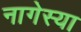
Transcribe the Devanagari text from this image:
नागेस्या